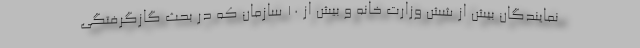
نمایندگان بیش از شش وزارت خانه و بیش از ١٠ سازمان که در بحث گازگرفتگی